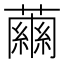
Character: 𧁥